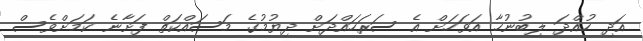
އަދި ހުއްދަ ލިބުނުހާ އަވަހަށް އެ ސަރަހައްދަށް ދިޔުމުގެ މަސައްކަތް ފަށާނެ ކަމަށްވެސް